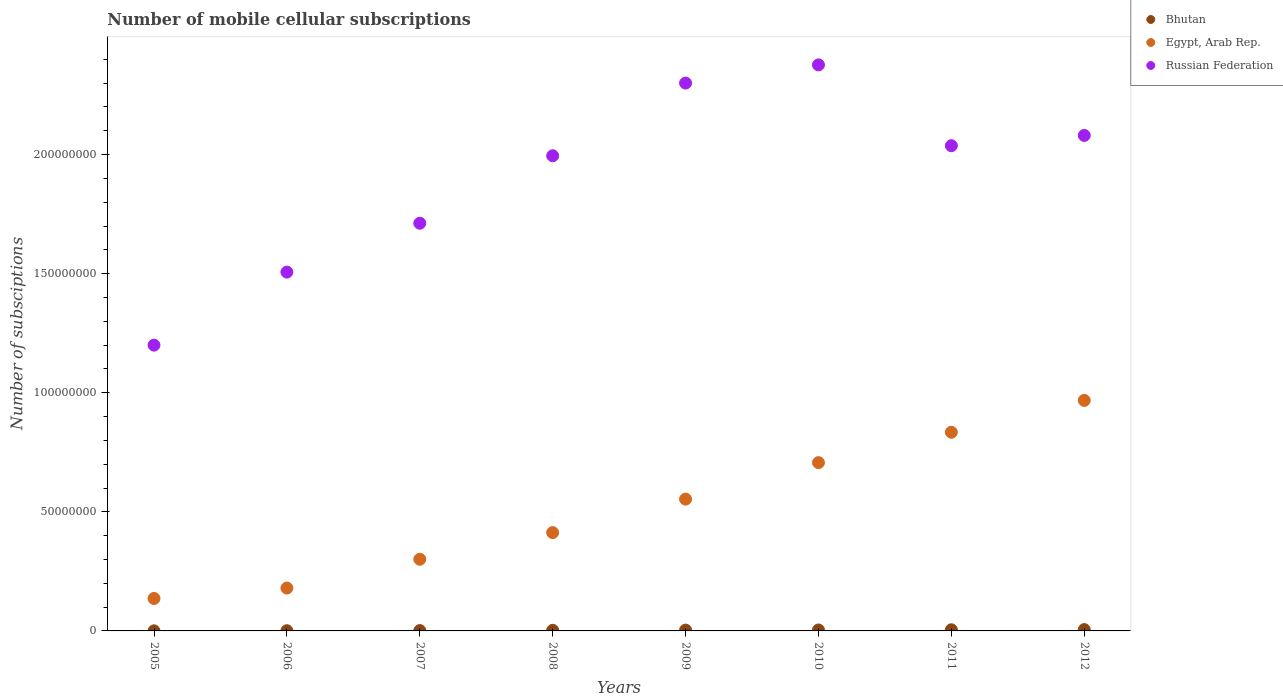
| Years | Bhutan | Egypt, Arab Rep. | Russian Federation |
 | --- | --- | --- | --- |
 | 2005 | 3.6e+04 | 1.36e+07 | 1.2e+08 |
 | 2006 | 8.21e+04 | 1.8e+07 | 1.51e+08 |
 | 2007 | 1.49e+05 | 3.01e+07 | 1.71e+08 |
 | 2008 | 2.53e+05 | 4.13e+07 | 2e+08 |
 | 2009 | 3.39e+05 | 5.54e+07 | 2.3e+08 |
 | 2010 | 3.94e+05 | 7.07e+07 | 2.38e+08 |
 | 2011 | 4.84e+05 | 8.34e+07 | 2.04e+08 |
 | 2012 | 5.61e+05 | 9.68e+07 | 2.08e+08 |